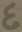
દ